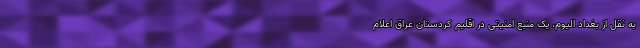
به نقل از بغداد الیوم، یک منبع امنیتی در اقلیم کردستان عراق اعلام